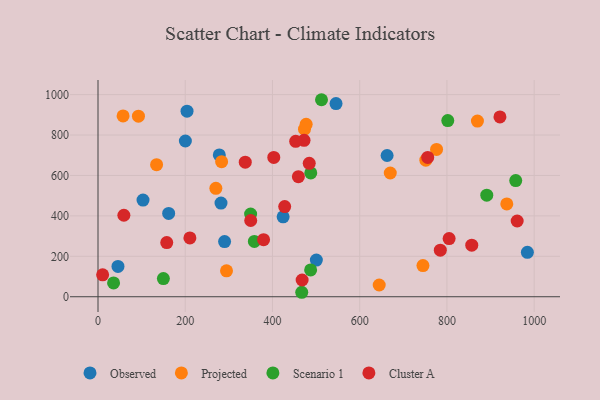
{"axis": {"x": "Price", "y": "Fuel Efficiency"}, "legend": ["Cluster A", "Observed", "Projected", "Scenario 1"], "data": [{"x": "200.3", "y": 770.5, "type": "Observed"}, {"x": "204.1", "y": 918.1, "type": "Observed"}, {"x": "500.6", "y": 181.2, "type": "Observed"}, {"x": "662.8", "y": 698.8, "type": "Observed"}, {"x": "278.1", "y": 701.8, "type": "Observed"}, {"x": "103.2", "y": 478.2, "type": "Observed"}, {"x": "45.8", "y": 150.1, "type": "Observed"}, {"x": "424.4", "y": 395.4, "type": "Observed"}, {"x": "282.0", "y": 463.2, "type": "Observed"}, {"x": "545.7", "y": 955.5, "type": "Observed"}, {"x": "290.2", "y": 273.0, "type": "Observed"}, {"x": "984.4", "y": 219.9, "type": "Observed"}, {"x": "162.0", "y": 412.1, "type": "Observed"}, {"x": "57.5", "y": 894.4, "type": "Projected"}, {"x": "869.9", "y": 869.0, "type": "Projected"}, {"x": "473.4", "y": 828.9, "type": "Projected"}, {"x": "283.4", "y": 668.0, "type": "Projected"}, {"x": "751.6", "y": 675.7, "type": "Projected"}, {"x": "477.2", "y": 853.2, "type": "Projected"}, {"x": "294.6", "y": 128.3, "type": "Projected"}, {"x": "776.2", "y": 728.8, "type": "Projected"}, {"x": "937.2", "y": 459.1, "type": "Projected"}, {"x": "134.3", "y": 653.5, "type": "Projected"}, {"x": "270.2", "y": 536.5, "type": "Projected"}, {"x": "644.7", "y": 58.0, "type": "Projected"}, {"x": "745.0", "y": 154.3, "type": "Projected"}, {"x": "670.1", "y": 612.1, "type": "Projected"}, {"x": "92.7", "y": 893.1, "type": "Projected"}, {"x": "358.5", "y": 273.6, "type": "Scenario 1"}, {"x": "891.3", "y": 502.6, "type": "Scenario 1"}, {"x": "957.7", "y": 574.6, "type": "Scenario 1"}, {"x": "467.1", "y": 22.1, "type": "Scenario 1"}, {"x": "487.5", "y": 132.7, "type": "Scenario 1"}, {"x": "349.9", "y": 409.0, "type": "Scenario 1"}, {"x": "487.8", "y": 612.7, "type": "Scenario 1"}, {"x": "35.7", "y": 68.6, "type": "Scenario 1"}, {"x": "512.4", "y": 974.7, "type": "Scenario 1"}, {"x": "149.9", "y": 89.8, "type": "Scenario 1"}, {"x": "801.9", "y": 871.4, "type": "Scenario 1"}, {"x": "379.6", "y": 282.1, "type": "Cluster A"}, {"x": "784.8", "y": 230.5, "type": "Cluster A"}, {"x": "350.1", "y": 377.3, "type": "Cluster A"}, {"x": "59.3", "y": 403.1, "type": "Cluster A"}, {"x": "472.4", "y": 774.0, "type": "Cluster A"}, {"x": "210.7", "y": 291.2, "type": "Cluster A"}, {"x": "453.2", "y": 768.7, "type": "Cluster A"}, {"x": "10.6", "y": 108.5, "type": "Cluster A"}, {"x": "755.9", "y": 689.2, "type": "Cluster A"}, {"x": "921.5", "y": 889.4, "type": "Cluster A"}, {"x": "856.9", "y": 254.9, "type": "Cluster A"}, {"x": "403.0", "y": 689.1, "type": "Cluster A"}, {"x": "459.4", "y": 593.8, "type": "Cluster A"}, {"x": "157.6", "y": 267.8, "type": "Cluster A"}, {"x": "805.0", "y": 287.9, "type": "Cluster A"}, {"x": "468.0", "y": 82.8, "type": "Cluster A"}, {"x": "484.3", "y": 660.2, "type": "Cluster A"}, {"x": "337.6", "y": 665.5, "type": "Cluster A"}, {"x": "428.0", "y": 446.0, "type": "Cluster A"}, {"x": "961.0", "y": 374.7, "type": "Cluster A"}]}